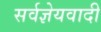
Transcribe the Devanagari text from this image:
सर्वज्ञेयवादी